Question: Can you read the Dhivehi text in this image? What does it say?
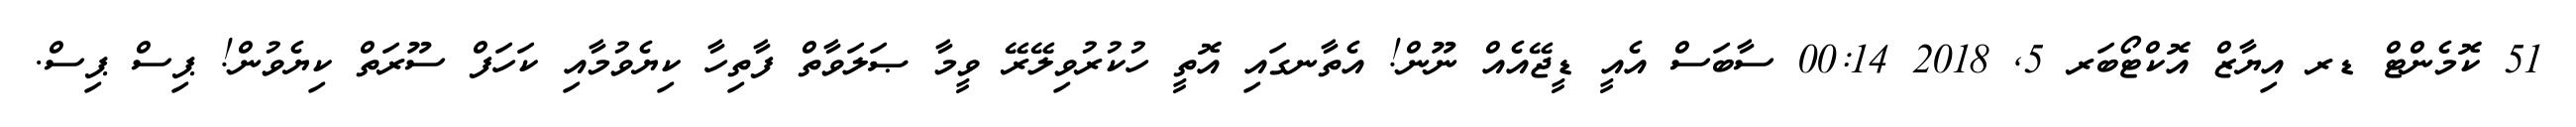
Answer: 51 ކޮމެންޓް ޑރ އިޔާޒް އޮކްޓޯބަރ 5, 2018 00:14 ސާބަސް އެއީ ޑީޖޭއެއް ނޫން! އެތާނގައި އޮތީ ހުކުރުވިލޭރޭ ވީމާ ޞަލަވާތް ފާތިހާ ކިޔެވުމާއި ކަހަފް ސޫރަތް ކިޔެވުން! ޕިސް ޕިސް.